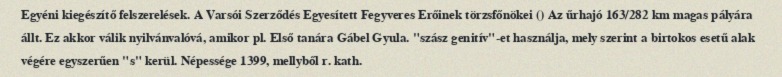
Egyéni kiegészítő felszerelések. A Varsói Szerződés Egyesített Fegyveres Erőinek törzsfőnökei () Az űrhajó 163/282 km magas pályára állt. Ez akkor válik nyilvánvalóvá, amikor pl. Első tanára Gábel Gyula. "szász genitív"-et használja, mely szerint a birtokos esetű alak végére egyszerűen "s" kerül. Népessége 1399, mellyből r. kath.